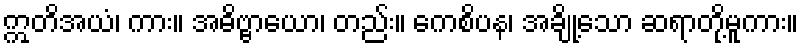
ဣတိအယံ၊ ကား။ အဓိဗ္ဗာယော၊ တည်း။ ကေစိပန၊ အချို့သော ဆရာတို့မူကား။